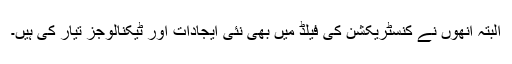
البتہ انھوں نے کنسٹریکشن کی فیلڈ میں بھی نئی ایجادات اور ٹیکنالوجز تیار کی ہیں۔